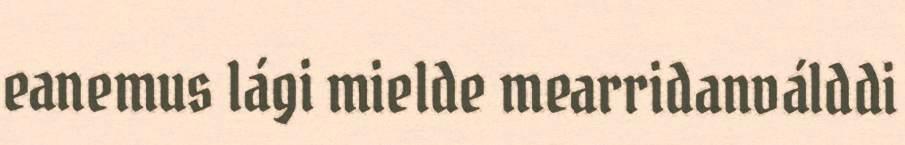
eanemus lági mielde mearridanválddi